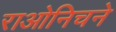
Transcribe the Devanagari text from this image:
राओनिचने